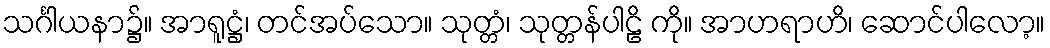
သင်္ဂါယနာ၌။ အာရူဋ္ဌံ၊ တင်အပ်သော။ သုတ္တံ၊ သုတ္တန်ပါဠိ ကို။ အာဟရာဟိ၊ ဆောင်ပါလော့။